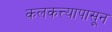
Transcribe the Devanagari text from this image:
कलकत्त्यापासून